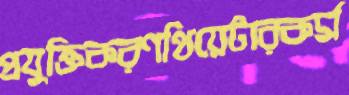
প্রযুক্তিকরণথিয়েটারকর্ম